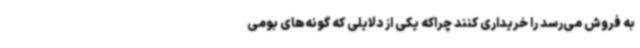
به فروش می‌رسد را خریداری کنند چراکه یکی از دلایلی که گونه‌های بومی